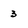
Character: 3